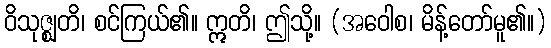
ဝိသုဇ္ဈတိ၊ စင်ကြယ်၏။ ဣတိ၊ ဤသို့။ (အဝေါစ၊ မိန့်တော်မူ၏။)